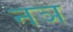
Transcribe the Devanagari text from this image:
नञ